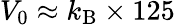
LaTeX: V_{0}\approx k_{\mathrm{B}}\times 125